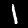
Digit: 1